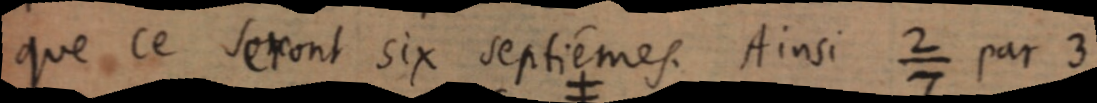
que ce seront six septièmes. Ainsi ²⁄₇ par 3